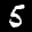
Label: 5